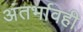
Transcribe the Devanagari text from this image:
अंतर्भावही